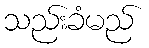
သည်းခံမည်